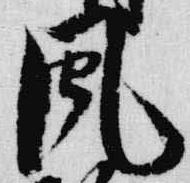
風